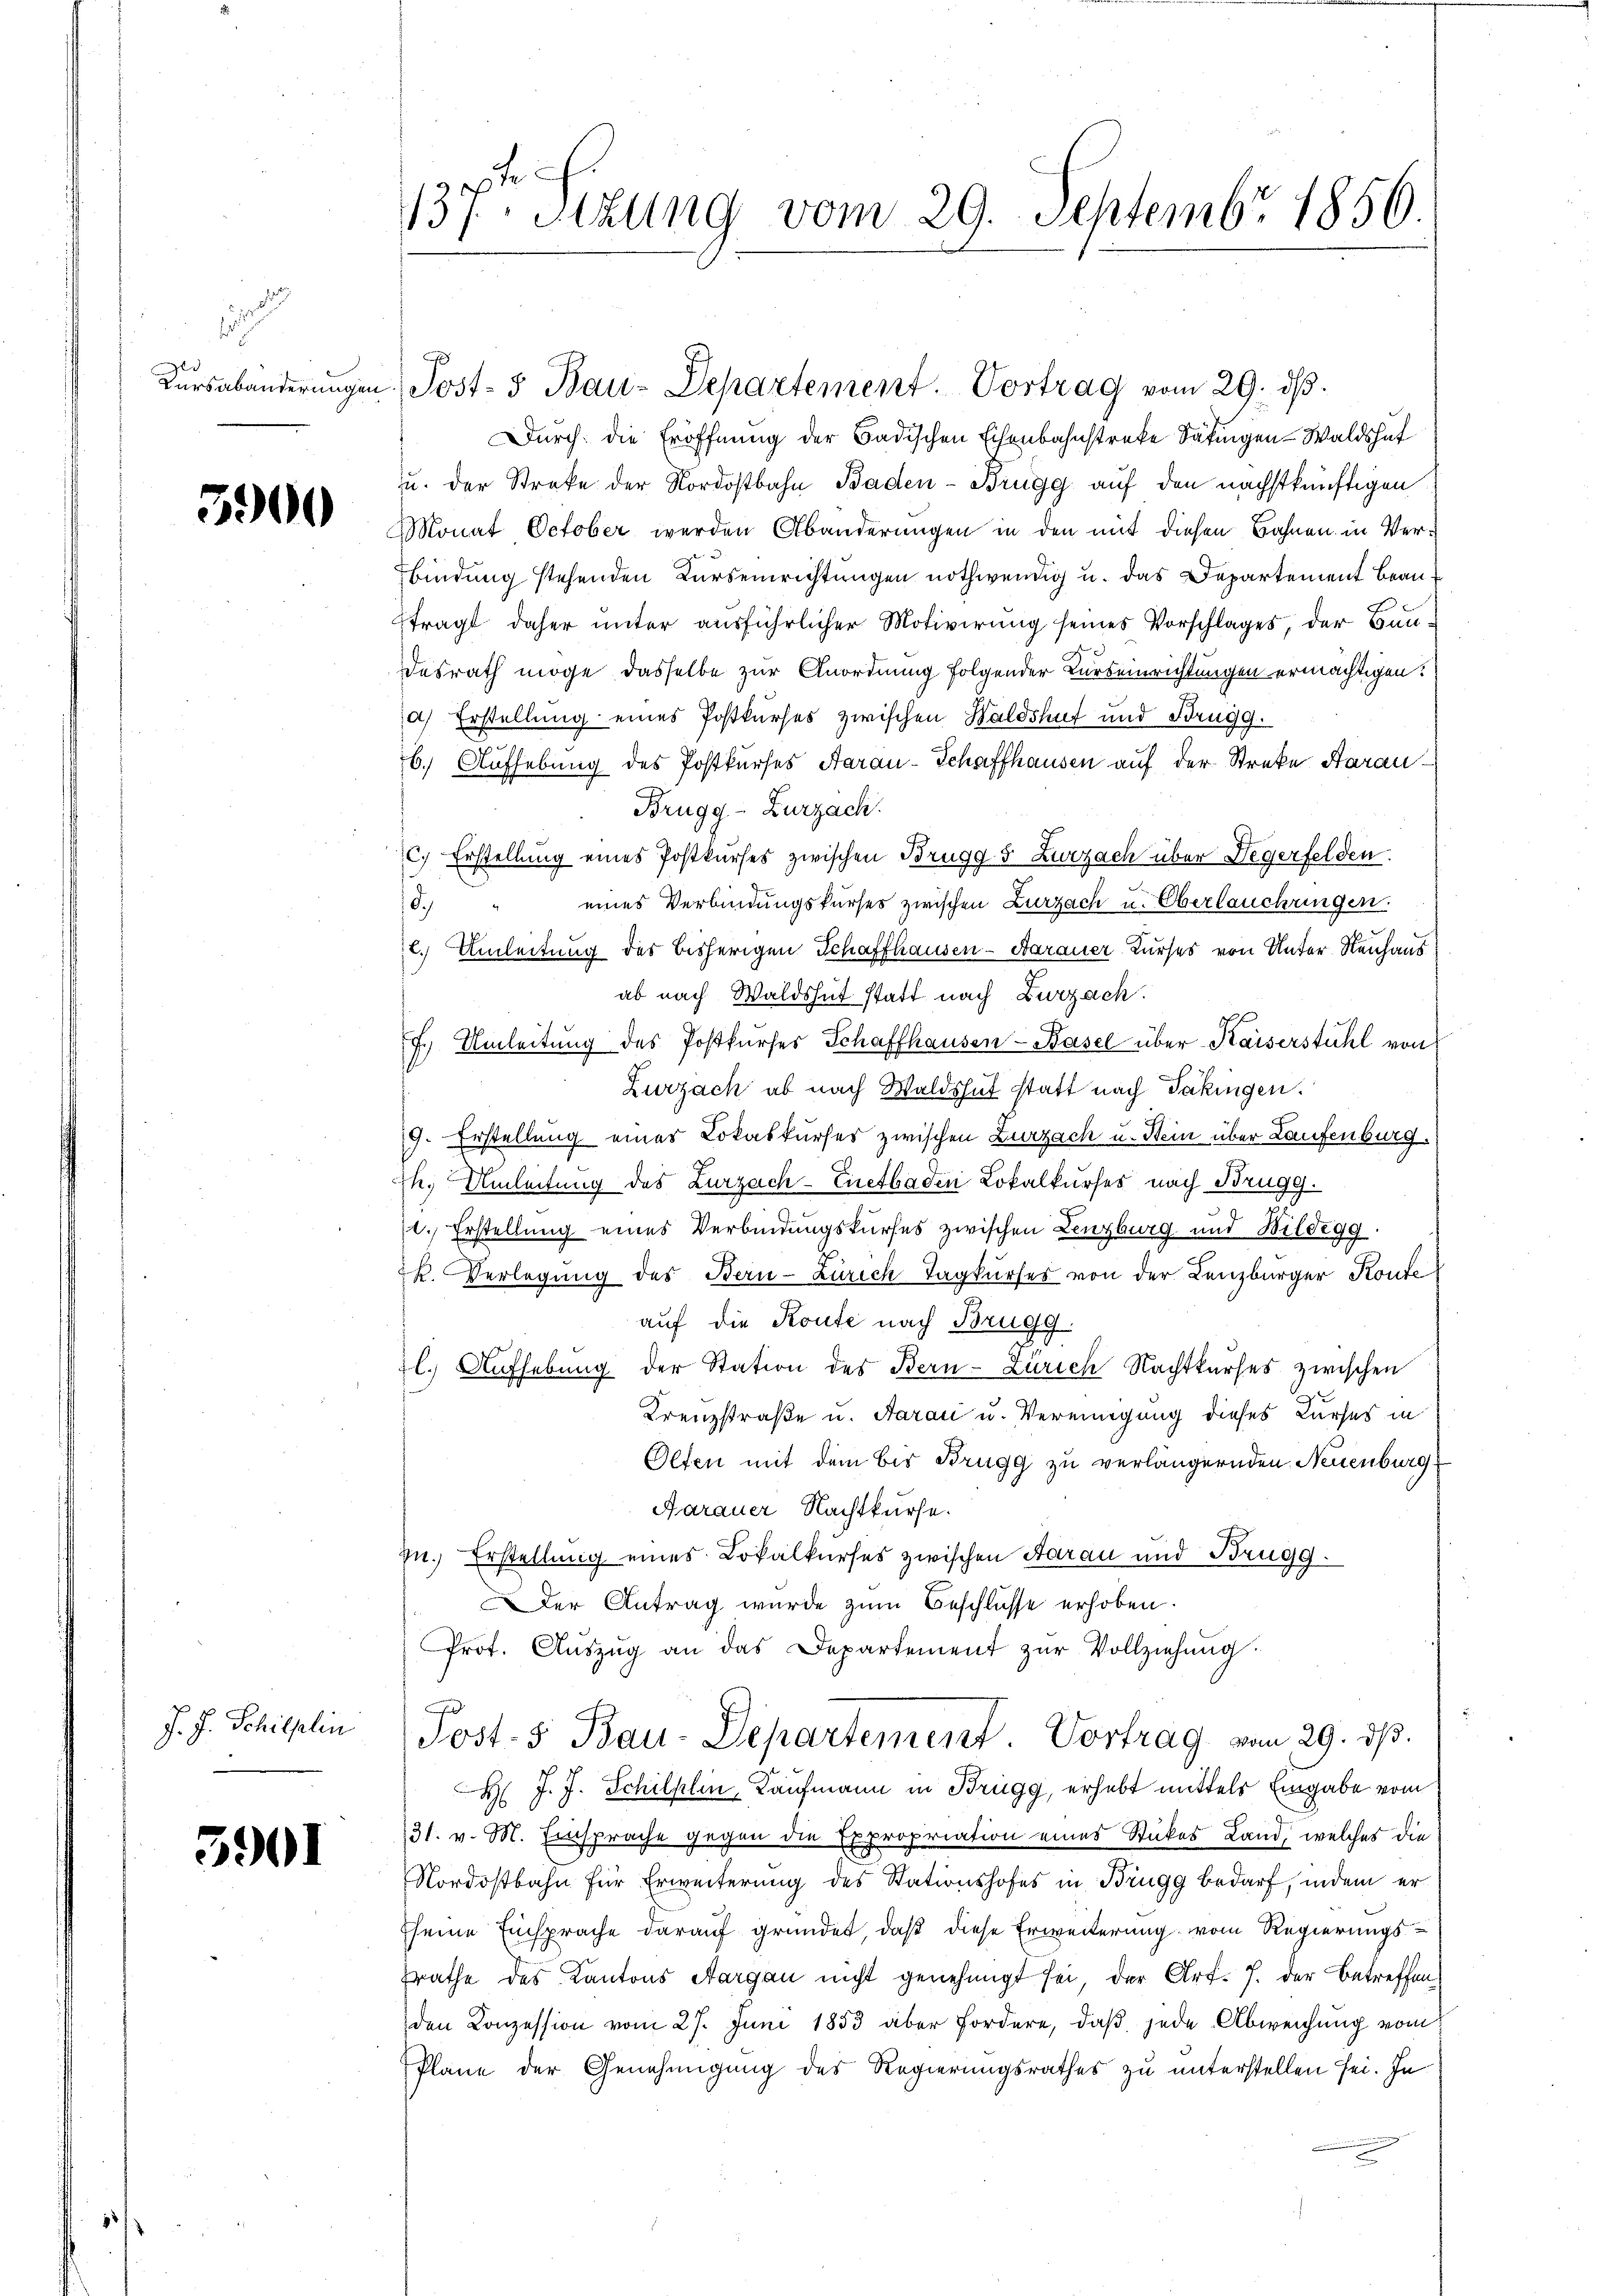
ld

3900

J. J. Schilplin

3901

137. Setzung vom 29. Septembr 1856.

Kŭrsabänderŭngen Post- & Bau-Departement. Vortrag vom 29. dβ.
Durch die Eröffnung der Badischen Eisenbahnstreke Satingen-Waldshat
u. der Streke der Nordostbahn Baden- Brugg auf den nächstkünftigen
Monat October werden Abänderungen in den mit diesen Bahnen in Verbindung stehenden Kurseinrichtungen nothwendig u. das Departement beanftragt daher unter ausführlicher Motivirung seines Vorschlages, der Bundesrath möge dasselbe zur Anordnung folgender Kurseinrichtungen ermächtigen.
a) Erstellung eines Postkurses zwischen Waldshut und Prugg.
6. Aufhebung des Postkurses Aarau-Schaffhausen auf der Streke Haran¬
Brugg - Zurzach.
C) Erstellung eines Postkurses zwischen Brugg 5 Zurzach über Degerfelden.
eines Verbindungskurses zwischen Zurzach u. Oberlauchungen.
d.)
l. Umleitung des bisherigen Schaffhausen-Aarauer Kurses von Unter Neuhaus
ab nach Waldshut statt nach Zurzach.
f. Umleitung des Postkurser Schaffhausen-Basel über Kaiserstuhl von
Zurzach ab nach Waldshut statt nach Takingen.
9. Erstellung eines Lokalkurses zwischen Zurzach u. Stein über Laufenburg.
h. Umleitung des Zurzach-Enetbaden Lokalkurses nach Brugg.
. Erstellung eines Verbindungskurses zwischen Lenzburg und Bildegg.
k. Verlegung des Bern-Zürich Tagkurses von der Lenzburger Konte
auf die Route nach Brugg.
l. Aufhebung der Station des Bern-Zürich Nachtkurses zwischen
Krenzstraße u. Aarau u. Vereinigung dieses Kurses in
Olten mit dem bis Brugg zu verlängernden Neuenburg
Aarauer Nachtkurse.
zu. Erstellung eines Lokalkurses zwischen Aarau und Brugg.
der Antrag wurde zum Beschlüsse erhoben.
Prot. Aŭszŭg an das Departement zŭr Vollziehŭng.
Post. S. Bau-Departement. Vortrag vom 29. d.
H J. J. Schilklin, Kaufmann in Brugg, erhebt mittels Eingabe vom
31. v. M. Einsprache gegen die Expropriation eines Stückes Land, welches die
Nordostbahn für Erweiterung des Stationshofes in Brugg bedarf, indem er
seine Einsprache darauf gründet, daß diese Erweiterung vom Regierungsrathe des Kantons Aargau nicht genehmigt sei, der Art. 7. der Betreffenden Conzession vom 27. Juni 1853 aber fordere, daβ jede Abweichung vom
Plane der Genehmigung des Regierungsrathes zu unterstellen sei. In